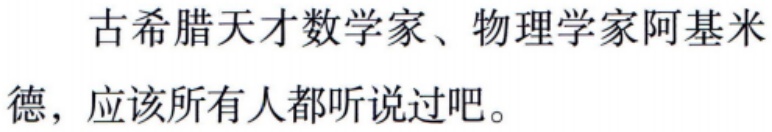
古希腊天才数学家、物理学家阿基米德，应该所有人都听说过吧。